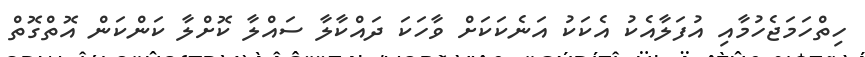
ހިތްހަމަޖެހުމާއި އުފަލާއެކު އެކަކު އަނެކަކަށް ވާހަކަ ދައްކާލާ ސައްލާ ކޮށްލާ ކަންކަން އޮތްގޮތް